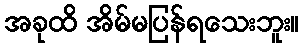
အခုထိ အိမ်မပြန်ရသေးဘူး။